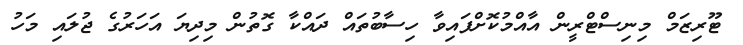
ޓޫރިޒަމް މިނިސްޓްރީން އާއްމުކޮށްފައިވާ ހިސާބުތައް ދައްކާ ގޮތުން މިދިޔަ އަހަރުގެ ޖުލައި މަހު